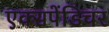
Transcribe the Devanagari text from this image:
एक्‍सपेंडिचर